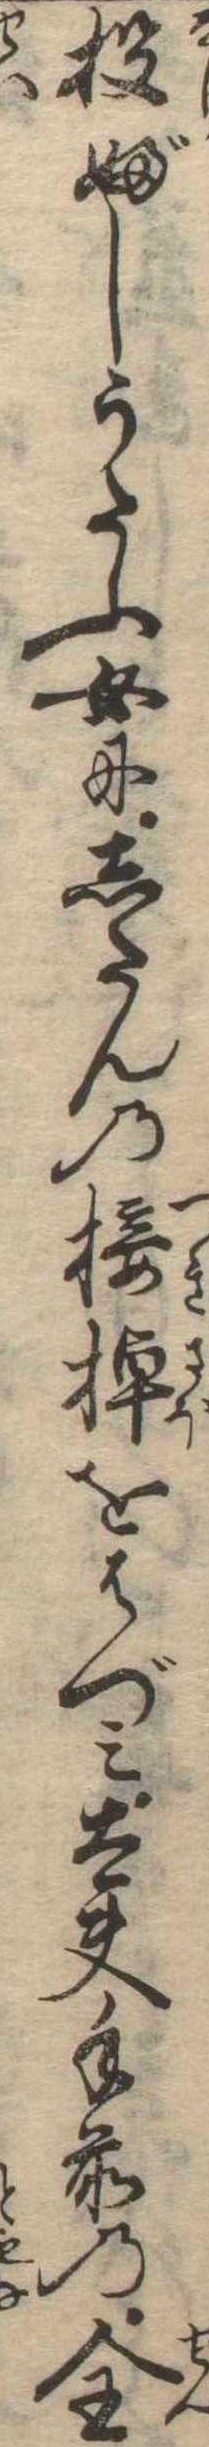
投ぶしうたふ女にしたんの接棹をはづみ太夫手前の全